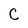
Character: C